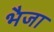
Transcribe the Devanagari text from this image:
भैजा